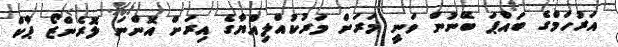
އަރުހަމްގެ ބައްޕަ ބޭނުން ވަނީ މަރަށް މަރުކުއްލިއްޔާގެ އިރަށް އޮންނަ ލޮރެންޒޯ ޕާކް